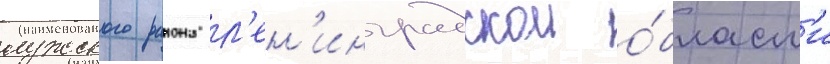
лужского раиона л'ен'инградскои о́бласт'и